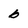
Character: b